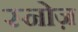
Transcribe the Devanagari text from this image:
स्नोज़